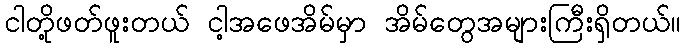
ငါတို့ဖတ်ဖူးတယ် ငါ့အဖေအိမ်မှာ အိမ်တွေအများကြီးရှိတယ်။